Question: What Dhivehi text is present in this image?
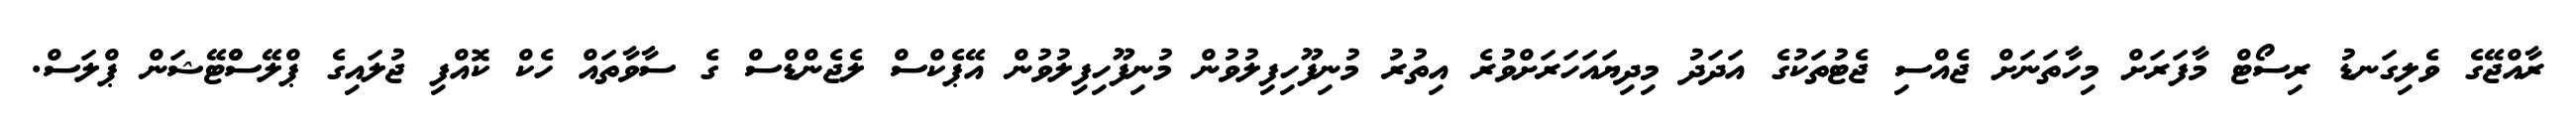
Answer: ރާއްޖޭގެ ވެލިގަނޑު ރިސޯޓް މާފަރަށް މިހާތަނަށް ޖެއްސި ޖެޓުތަކުގެ އަދަދު މިދިޔައަހަރަށްވުރެ އިތުރު މުނިފޫހިފިލުވުން މުނިފޫހިފިލުވުން އޭޕެކްސް ލެޖެންޑްސް ގެ ސާވާތައް ހެކް ކޮއްފި ޖުލައިގެ ޕްލޭސްްޓޭޝަން ޕްލަސް.